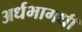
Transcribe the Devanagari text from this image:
अर्धभागधी